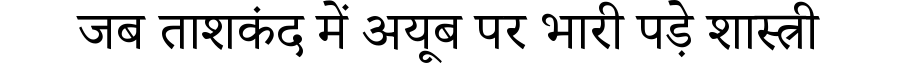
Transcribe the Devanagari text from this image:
जब ताशकंद में अयूब पर भारी पड़े शास्त्री